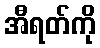
အီရတ်ကို